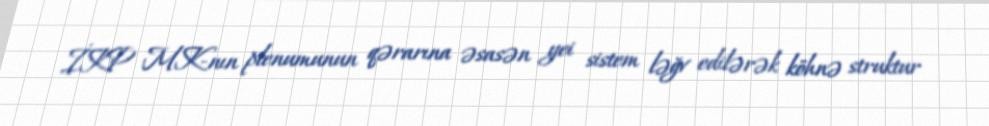
İKP MK-nın plenumunun qərarına əsasən yei sistem ləğv edilərək köhnə struktur